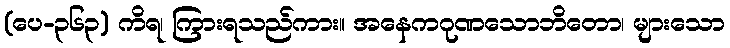
(ပေ-၃၆၃) ကိရ၊ ကြားရသည်ကား။ အနေကဂုဏသောဘိတော၊ များသော